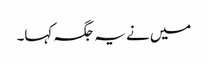
میں نے یہ جگہ کہا۔